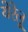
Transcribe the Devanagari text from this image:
येरेलू